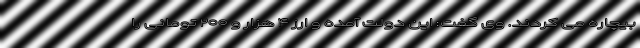
بیچاره می کردند. وی گفت: این دولت آمده و ارز ۴ هزار و ۲۰۰ تومانی را